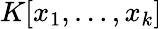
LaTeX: K[x_{1},\ldots,x_{k}]